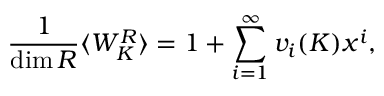
{ \frac { 1 } { \mathrm { d i m } \, R } } \langle W _ { K } ^ { R } \rangle = 1 + \sum _ { i = 1 } ^ { \infty } v _ { i } ( K ) x ^ { i } ,